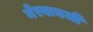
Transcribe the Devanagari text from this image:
मेरबानजी